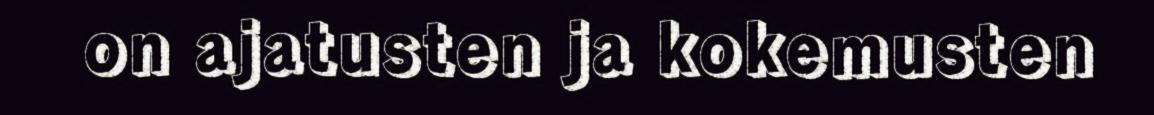
on ajatusten ja kokemusten